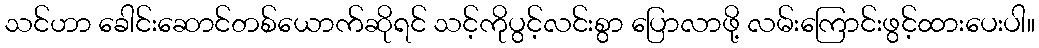
သင်ဟာ ခေါင်းဆောင်တစ်ယောက်ဆိုရင် သင့်ကိုပွင့်လင်းစွာ ပြောလာဖို့ လမ်းကြောင်းဖွင့်ထားပေးပါ။